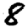
Digit: 8